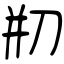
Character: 剏